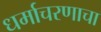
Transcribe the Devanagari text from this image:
धर्माचरणाचा